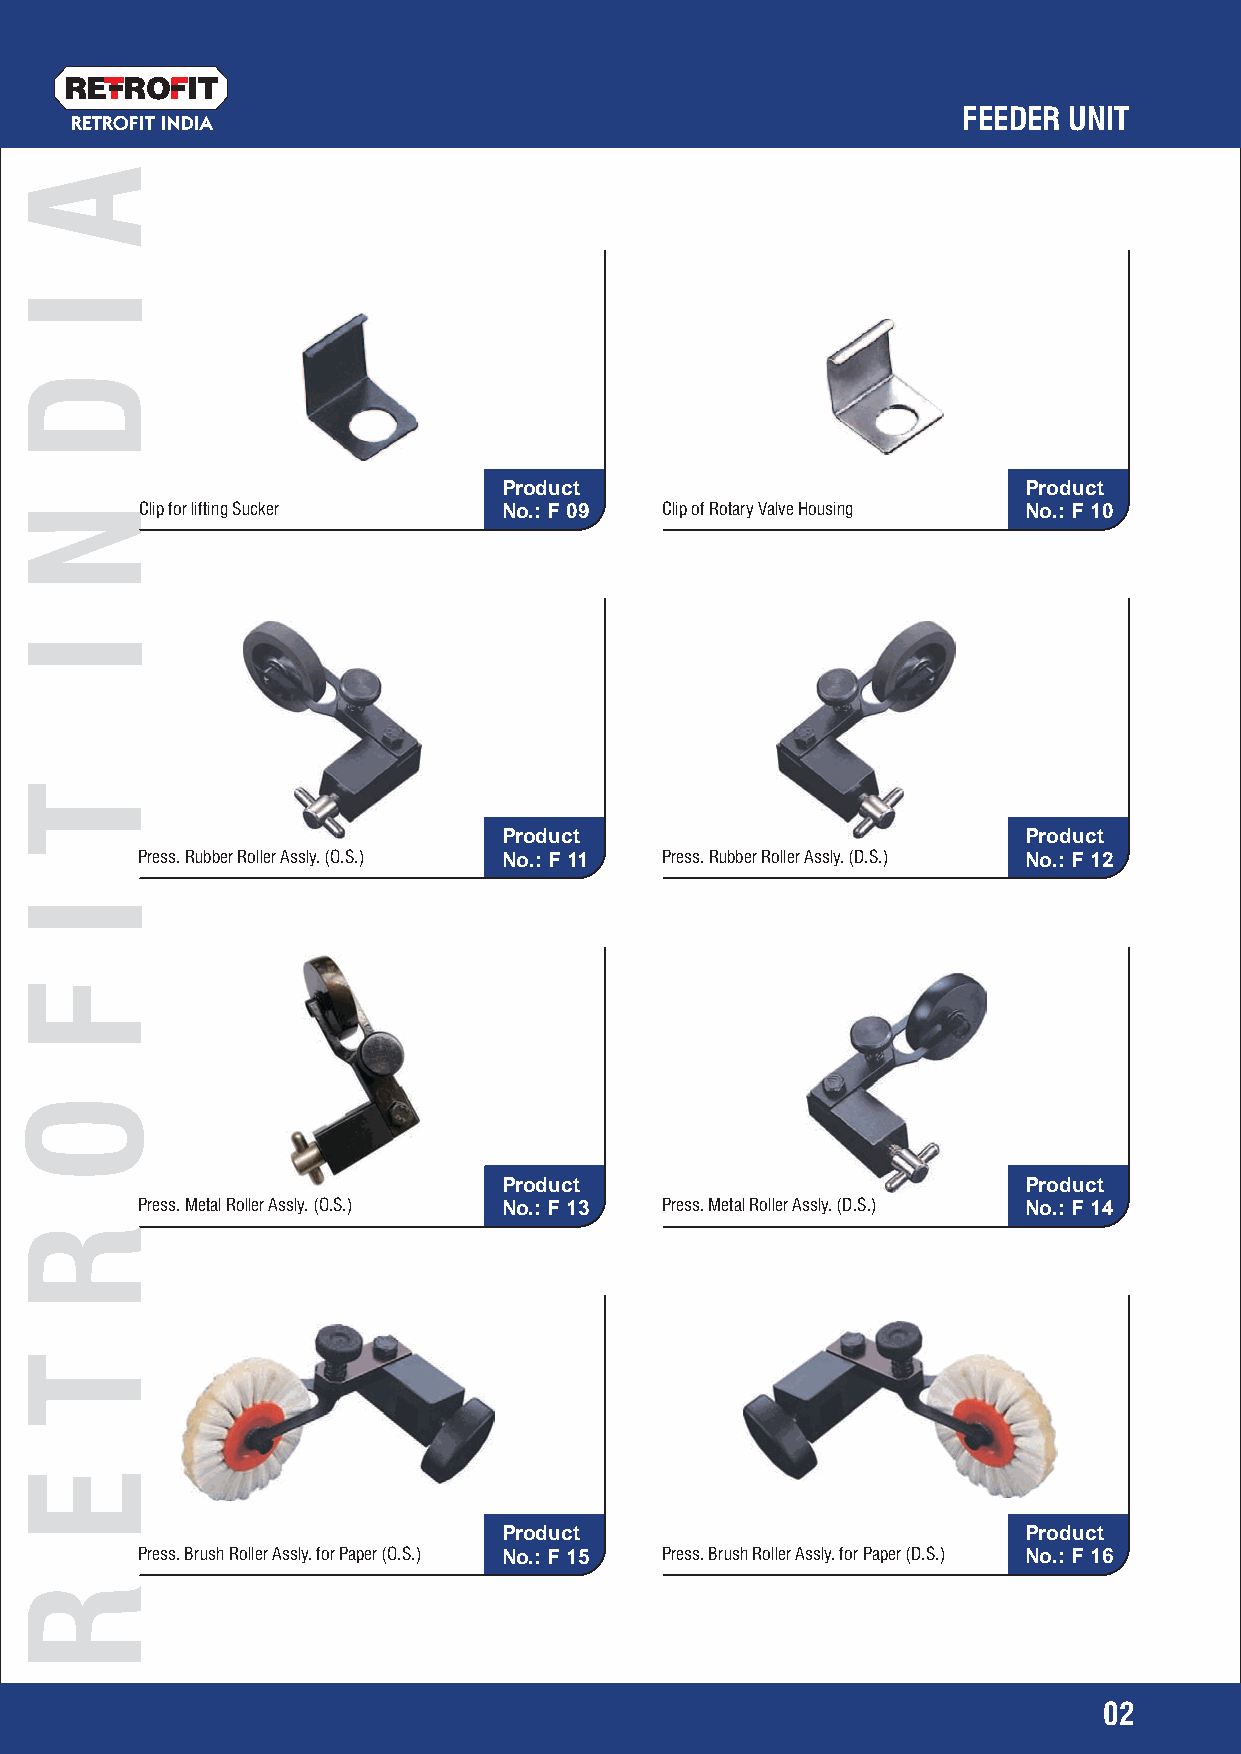
RETRO   IT
 FEEDER UNIT
 RETROFIT INDIA
 Product                            Product
 Clip for lifting Sucker No.: F 09  Clip of Rotary Valve Housing No.: F 10
 Product                            Product
 Press. Rubber Roller Assly. (O.S.) No.: F 11 Press. Rubber Roller Assly. (D.S.) No.: F 12
 Product                            Product
 Press. Metal Roller Assly. (O.S.) No.: F 13 Press. Metal Roller Assly. (D.S.) No.: F 14
 Product                            Product
 Press. Brush Roller Assly. for Paper (O.S.) No.: F 15 Press. Brush Roller Assly. for Paper (D.S.) No.: F 16
 02
 A
 I
 D
 N
 I
 T
 I
 F
 O
 R
 T
 E
 R